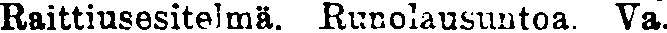
Raittiusesitelmä. Runolausuntoa. Va.